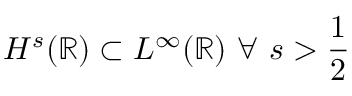
H ^ { s } ( \mathbb { R } ) \subset L ^ { \infty } ( \mathbb { R } ) \ \forall \ s > \frac { 1 } { 2 }